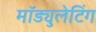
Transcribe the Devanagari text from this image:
मॉड्युलेटिंग